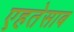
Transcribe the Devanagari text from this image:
एहतेसाब